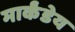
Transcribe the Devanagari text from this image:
मार्कंंडेय